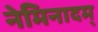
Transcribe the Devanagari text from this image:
नेमिनादम्